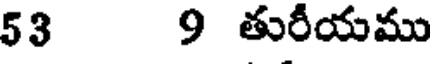
53 9 తురీయము